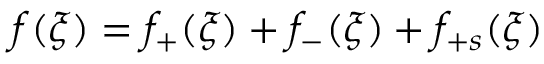
f ( \xi ) = f _ { + } ( \xi ) + f _ { - } ( \xi ) + f _ { + s } ( \xi )